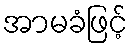
အာမခံဖြင့်